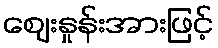
ဈေးနှုန်းအားဖြင့်